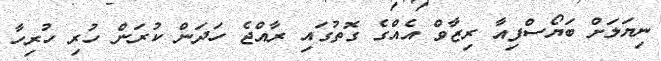
ނިޔަލަށް ބަޔޯސްފިއާ ރިޒާވް އެއްގެ ގޮތުގައި ރާއްޖެ ހަދަން ކުރަން ހުރި ހުރިހާ